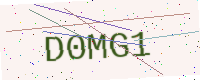
Text: D0MG1